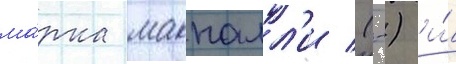
ма́рка макналл'и (-) и́